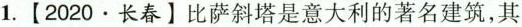
1.【2020长春】比萨科搭是意大利的著各建执，其